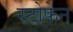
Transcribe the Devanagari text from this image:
स्टोफेन